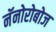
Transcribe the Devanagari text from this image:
नॅनोरोबोज